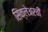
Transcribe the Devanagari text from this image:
सिंक्लेअरची